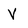
Character: V